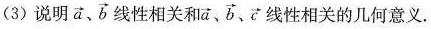
(3)说明\overrightarrow{a}、\overrightarrow{b} 线性相关和\overrightarrow{a}、\overrightarrow{b}、\overrightarrow{c}线性相关的几何意义.